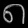
Digit: ၈